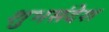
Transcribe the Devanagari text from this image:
शुभसंदेश